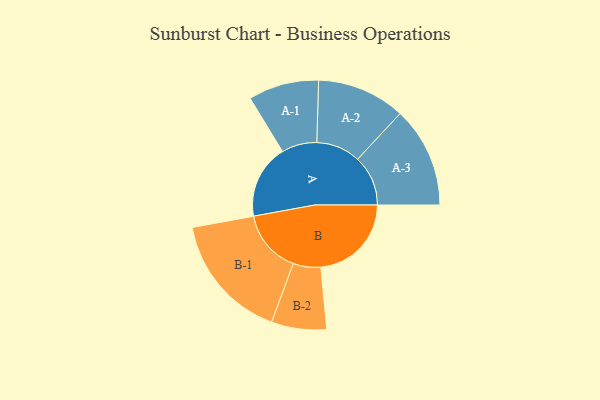
{"axis": {"x": "Segment", "y": "Value"}, "legend": ["", "A", "B"], "data": [{"x": "A", "y": 333, "type": ""}, {"x": "B", "y": 408, "type": ""}, {"x": "A-1", "y": 159, "type": "A"}, {"x": "A-2", "y": 199, "type": "A"}, {"x": "A-3", "y": 227, "type": "A"}, {"x": "B-1", "y": 286, "type": "B"}, {"x": "B-2", "y": 124, "type": "B"}]}